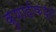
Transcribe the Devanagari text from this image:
कुणाहीकडून